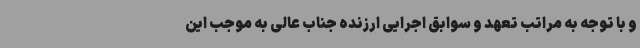
و با توجه به مراتب تعهد و سوابق اجرایی ارزنده جناب عالی به موجب این